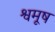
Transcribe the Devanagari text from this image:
श्वमूष